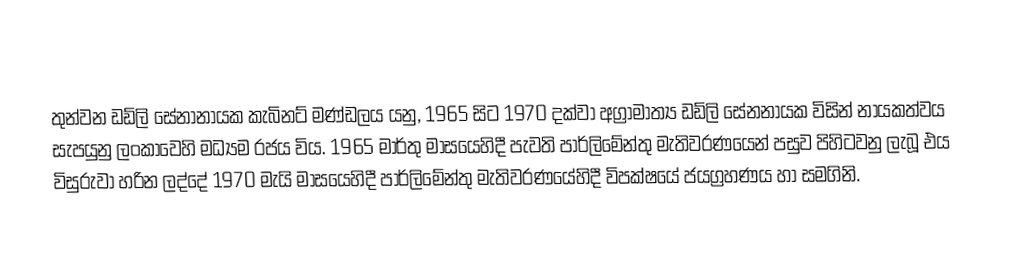
තුන්වන ඩඩ්ලි සේනානායක කැබිනට් මණ්ඩලය යනු,  1965 සිට  1970 දක්වා අග්‍රාමාත්‍ය ඩඩ්ලි සේනනායක විසින් නායකත්වය සැපයුනු ලංකාවෙහි මධ්‍යම රජය විය. 1965 මාර්තු මාසයෙහිදී පැවති පාර්ලිමේන්තු මැතිවරණයෙන් පසුව පිහිටවනු ලැබූ එය විසුරුවා හරින ලද්දේ 1970 මැයි මාසයෙහිදී පාර්ලිමේන්තු මැතිවරණයේහිදී විපක්ෂයේ ජයග්‍රහණය හා සමගිනි.